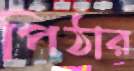
পিঠার